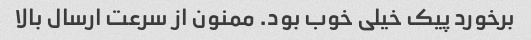
برخورد پیک خیلی خوب بود. ممنون از سرعت ارسال بالا